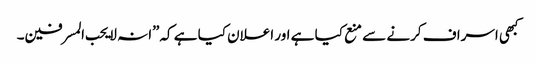
کبھی اسراف کرنے سے منع کیا ہے اور اعلان کیا ہے کہ”انہ لا یحب المسرفین۔